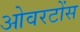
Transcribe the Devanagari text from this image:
ओवरटोंस